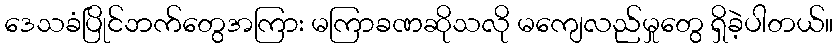
ဒေသခံပြိုင်ဘက်တွေအကြား မကြာခဏဆိုသလို မကျေလည်မှုတွေ ရှိခဲ့ပါတယ်။